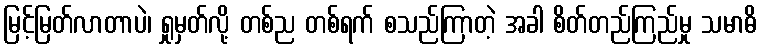
မြင့်မြတ်လာတာပဲ၊ ရှုမှတ်လို့ တစ်ည တစ်ရက် စသည်ကြာတဲ့ အခါ စိတ်တည်ကြည်မှု သမာဓိ